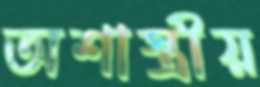
অশাস্ত্রীয়